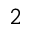
2